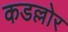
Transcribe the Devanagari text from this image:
कडल्लोर